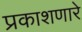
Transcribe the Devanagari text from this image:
प्रकाशणारे